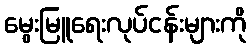
မွေးမြူရေးလုပ်ငန်းများကို